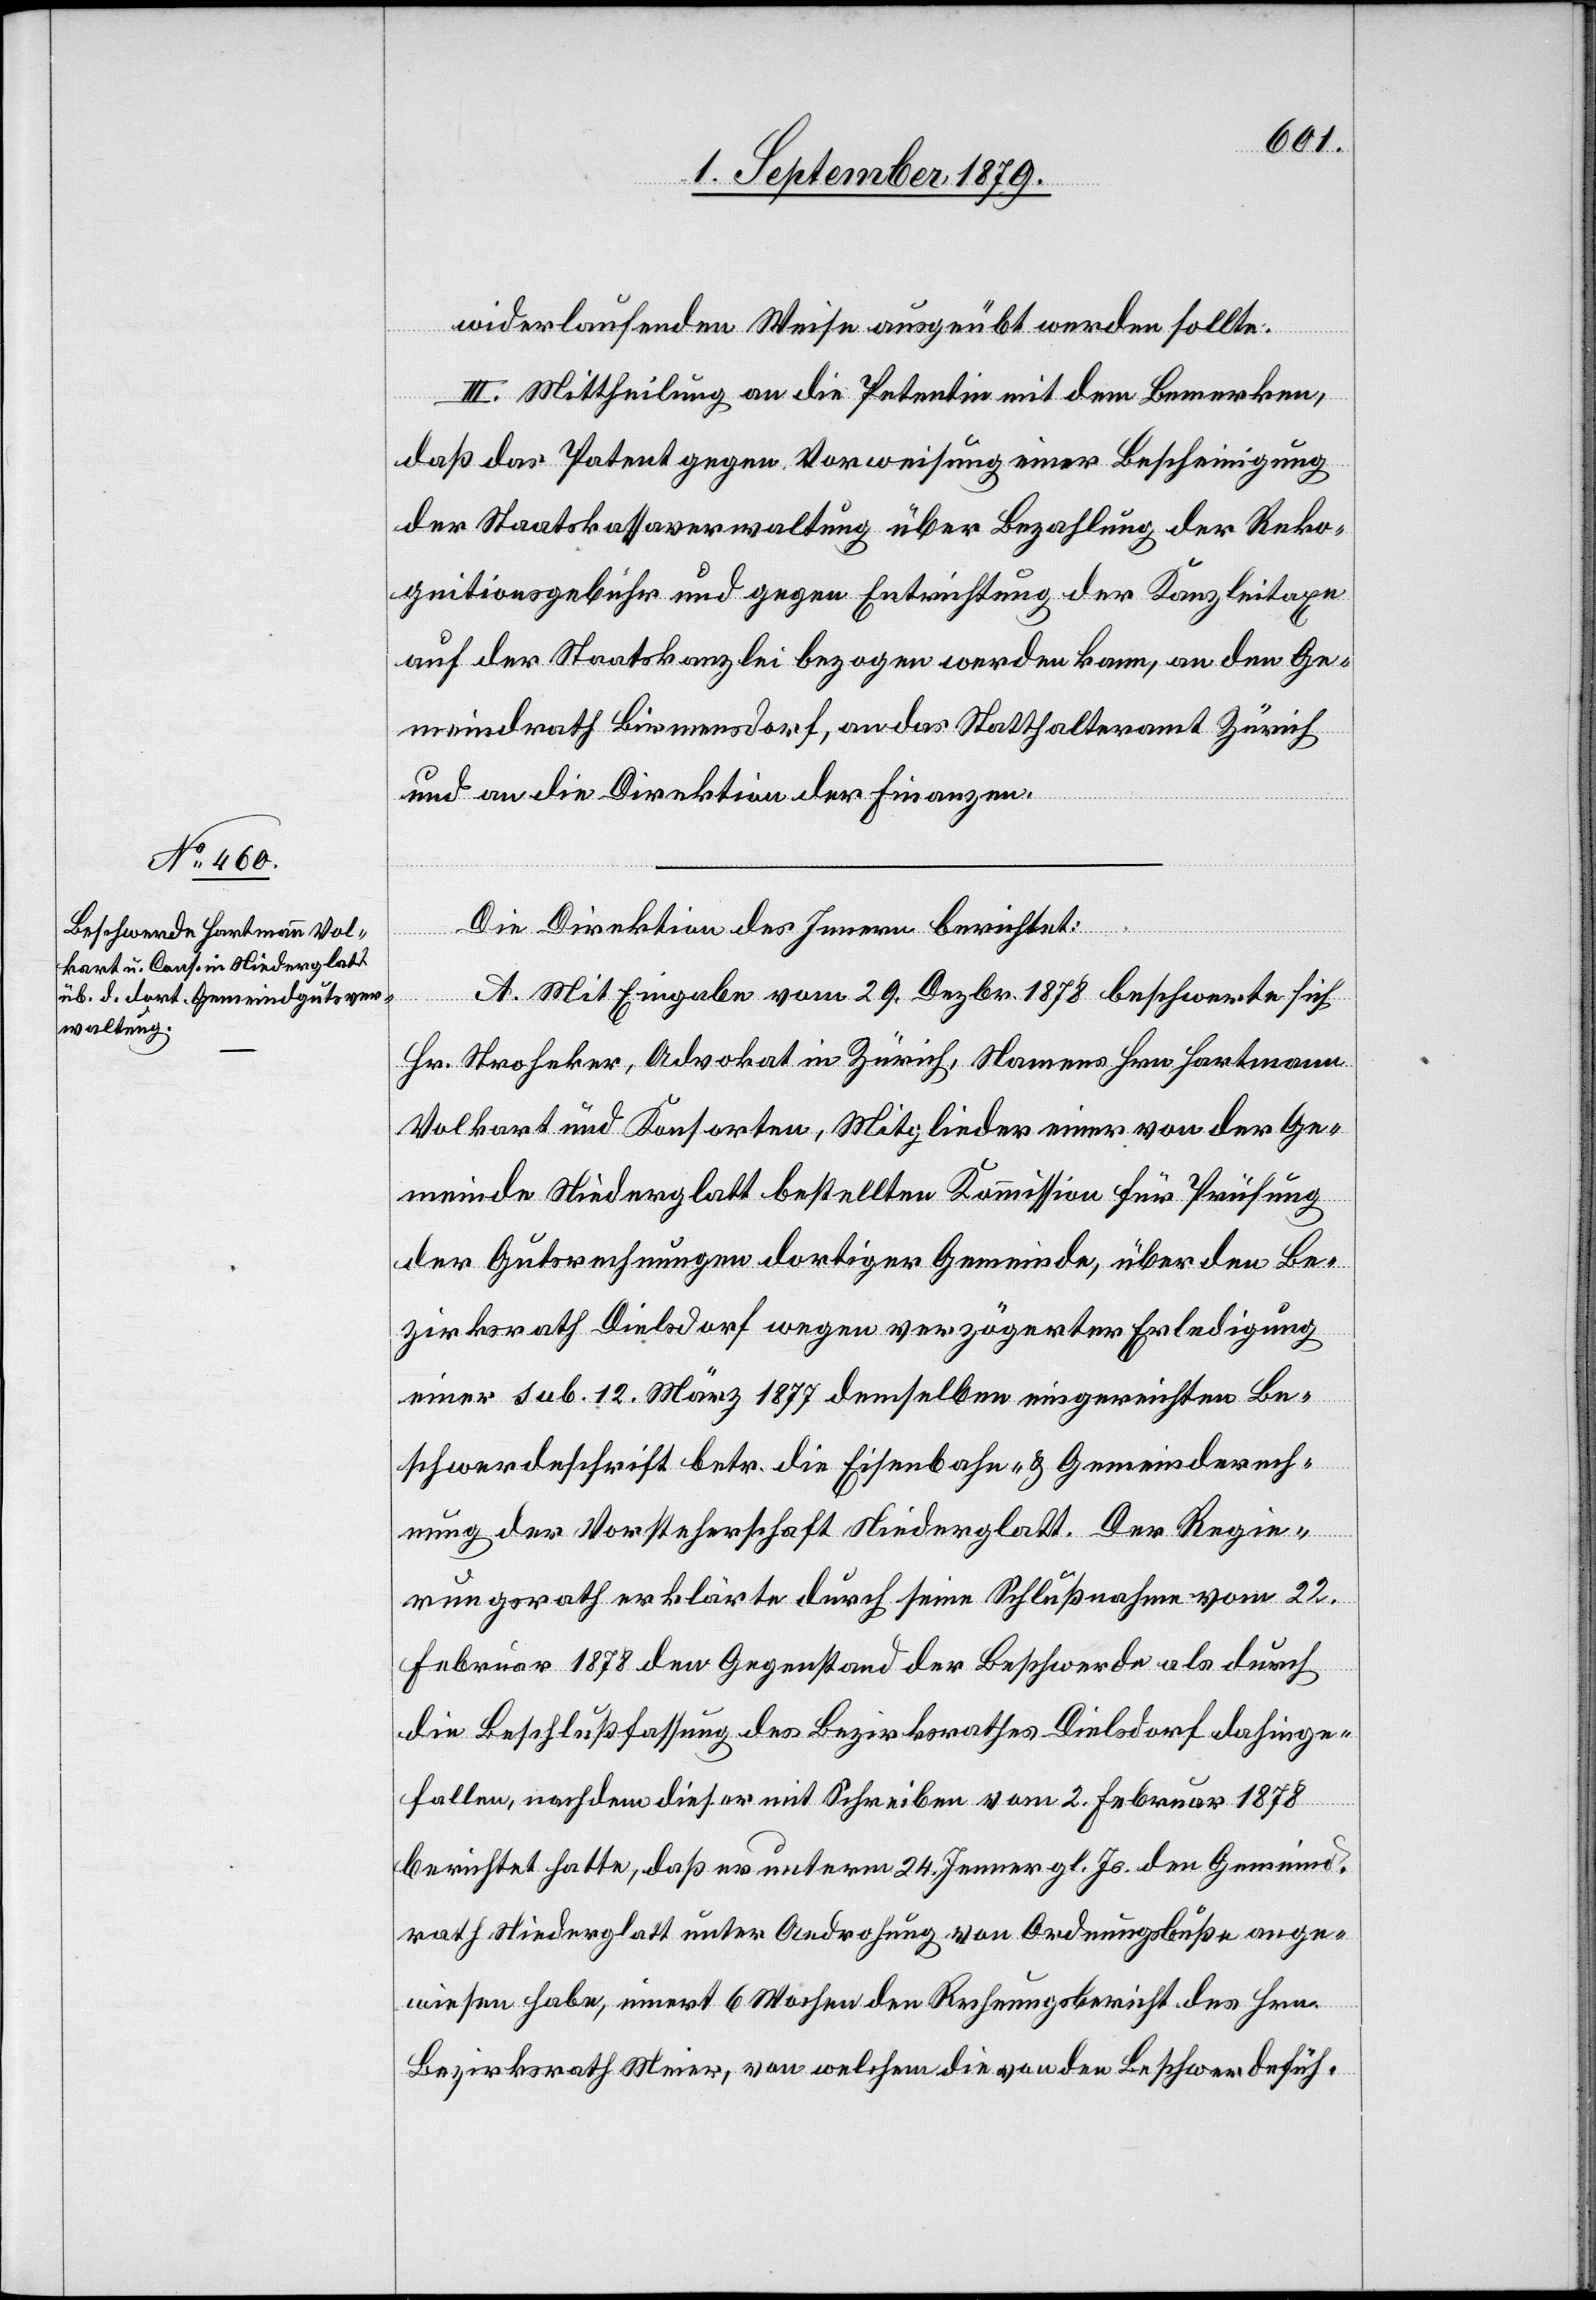
widerlaufenden Weise ausgeübt werden sollte.
III. Mittheilung an die Petentin mit dem Bemerken,
daß das Patent gegen Vorweisung einer Bescheinigung
der Staatskassaverwaltung über Bezahlung der Reko¬
gnitionsgebühr und gegen Entrichtung der Kanzleitaxe
auf der Staatskanzlei bezogen werden kann, an den Ge¬
meindrath Birmensdorf, an das Statthalteramt Zürich
und an die Direktion der Finanzen.
Die Direktion des Innern berichtet:
A. Mit Eingabe vom 29. Dezbr. 1878 beschwerte sich
Hr. Stroheker, Advokat in Zürich, Namens Hrn. Hartmann
Volkart und Konsorten, Mitglieder einer von der Ge¬
meinde Niederglatt bestellten Kommission für Prüfung
der Gutsrechnungen dortiger Gemeinde, über den Be¬
zirksrath Dielsdorf wegen verzögerter Erledigung
einer sub. 12. März 1877 demselben eigerechten Be¬
schwerdeschrift betr. die Eisenbahn- & Gemeinderech¬
nung der Vorsteherschaft Niederglatt. Der Regie¬
rungsrath erklärte durch seine Schlußnahme vom 22.
Februar 1878 den Gegenstand der Beschwerde als durch
die Beschlußfassung des Bezirksrathes Dielsdorf dahinge¬
fallen, nachdem dieser mit Schreiben vom 2. Februar 1878
berichtet hatte, daß er unterm 24. Jenner gl. Js. den Gemeind¬
rath Niederglatt unter Androhung von Ordnungsbuße ange¬
wiesen habe, innert 6 Wochen den Rechnungsbericht des Hrn.
Bezirksrath Meier, von welchem die von den Beschwerdefüh-